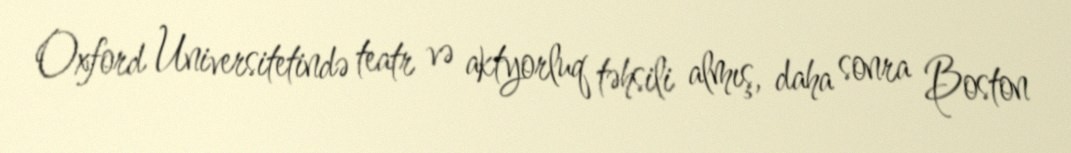
Oxford Universitetində teatr və aktyorluq təhsili almış, daha sonra Boston